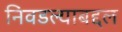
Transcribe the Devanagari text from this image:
निवडल्याबद्दल